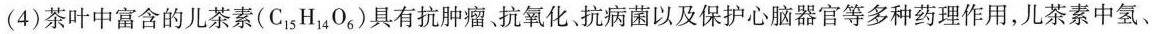
(4) 茶叶中富含的儿茶素(C_{15}H_{14}0_{6})具有抗肿瘤、抗氧化、抗病菌以及保护心脑器官等多种药理作用，儿茶素中氢、